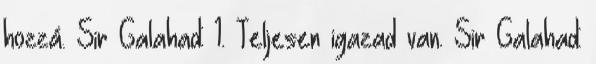
hozzá. Sir Galahad: 1. Teljesen igazad van. Sir Galahad: